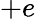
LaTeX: +e